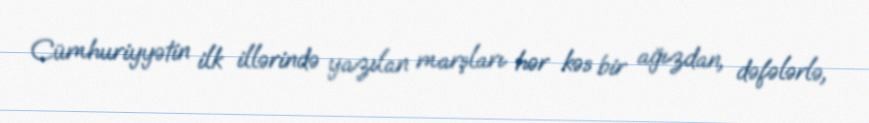
Cümhuriyyətin ilk illərində yazılan marşları hər kəs bir ağızdan, dəfələrlə,